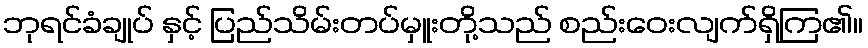
ဘုရင်ခံချုပ် နှင့် ပြည်သိမ်းတပ်မှူးတို့သည် စည်းဝေးလျက်ရှိကြ၏။